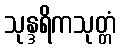
သုန္ဒရိကသုတ္တံ